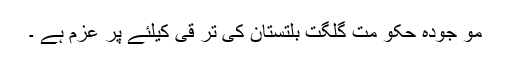
مو جودہ حکو مت گلگت بلتستان کی تر قی کیلئے پر عزم ہے ۔